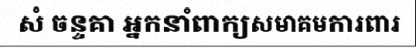
សំ ចន្ទគា អ្នកនាំពាក្យសមាគមការពារ